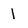
Character: l